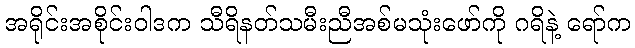
အရိုင်းအစိုင်းဝါဒက သီရိနတ်သမီးညီအစ်မသုံးဖော်ကို ဂရိနဲ့ ရော်က